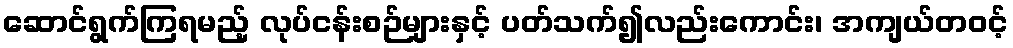
ဆောင်ရွက်ကြရမည့် လုပ်ငန်းစဉ်များနှင့် ပတ်သက်၍လည်းကောင်း၊ အကျယ်တဝင့်